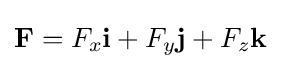
\mathbf {F} =F_{x}\mathbf {i} +F_{y}\mathbf {j} +F_{z}\mathbf {k}